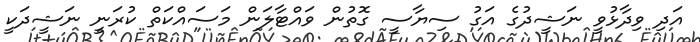
އަދި ވިދާޅުވީ ނަޝީދުގެ އަގު ސިޔާސީ ގޮތުން ވައްޓާލަން މަސައްކަތް ކުރަނީ ނަޝީދަކީ